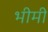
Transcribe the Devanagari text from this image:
भीमी